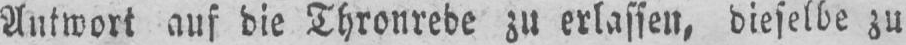
Antwort auf die Thronrede zu erlassen, dieselbe zu